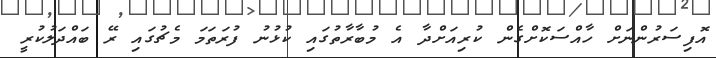
އޮފިސަރުންނަށް ހާއްސަކޮށްގެން ކުރިއަށްދާ އެ މުބާރާތުގައި ކުޅުނު ފުރަތަމަ މެޗުގައި ރޭ ބައްދަލުކުރީ